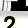
Digit: 2